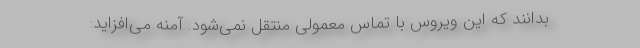
بدانند که این ویروس با تماس معمولی منتقل نمی‌شود. آمنه می‌افزاید: